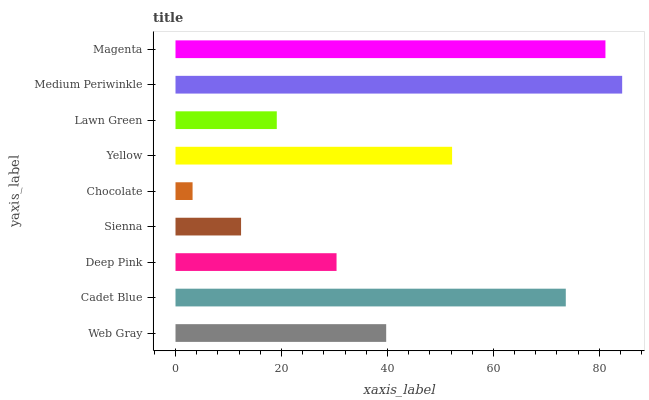
| yaxis_label | bars |
 | --- | --- |
 | Web Gray | 39.8 |
 | Cadet Blue | 73.7 |
 | Deep Pink | 30.4 |
 | Sienna | 12.4 |
 | Chocolate | 3.22 |
 | Yellow | 52.2 |
 | Lawn Green | 19.1 |
 | Medium Periwinkle | 84.3 |
 | Magenta | 81.1 |